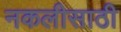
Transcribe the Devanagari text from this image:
नकलीसाठी